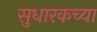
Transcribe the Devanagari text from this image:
सुधारकच्या